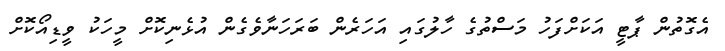
އެގޮތުން ޕާޓީ އަކަށްފަހު މަސްތުގެ ހާލުގައި އަހަރެން ބަރަހަނާވެގެން އުޅެނިކޮށް މީހަކު ވީޑިއޯކޮށް